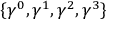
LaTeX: \{ \gamma ^ { 0 } , \gamma ^ { 1 } , \gamma ^ { 2 } , \gamma ^ { 3 } \}